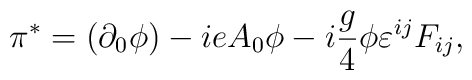
\pi ^{*}=(\partial _0\phi )-ieA_0\phi -i\frac g4\phi \varepsilon ^{ij}F_{ij},